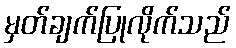
မှတ်ချက်ပြုလိုက်သည်